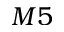
M 5